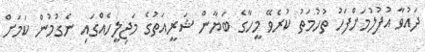
ދައުވާ އުފުލުމަށްފަހު ތުހުމަތު ކުރެވޭ މީހާގެ ބަޔާން ޝަރީއަތުގެ މަޖިލީހެއްގައި ނެގުމުން ކަމަށް